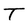
Character: T